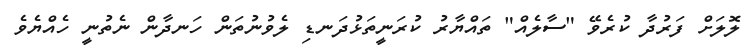
ލޮލަށް ފަރުދާ ކުރެވޭ "ސާލެއް" ތައްޔާރު ކުރަނީތަޅުދަނޑި ލެވުނުތަން ހަނދާން ނެތުނީ ހެއްޔެވެ